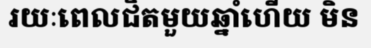
រយៈពេលជិតមួយឆ្នាំហើយ មិន